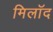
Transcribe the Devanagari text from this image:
मिलॉद